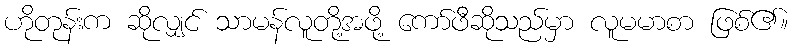
ဟိုတုန်းက ဆိုလျှင် သာမန်လူတို့အဖို့ ကော်ဖီဆိုသည်မှာ လူမမာစာ ဖြစ်၏။